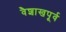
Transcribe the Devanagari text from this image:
वैशाखपूर्व